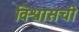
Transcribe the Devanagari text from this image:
विश्वासची